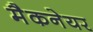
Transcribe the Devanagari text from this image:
मैकनेयर